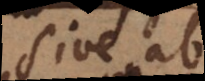
sive ab